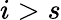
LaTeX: i>s